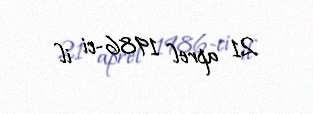
21 aprel 1986-ci il